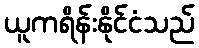
ယူကရိန်းနိုင်ငံသည်